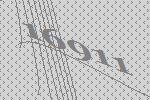
16911